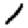
Digit: 1